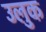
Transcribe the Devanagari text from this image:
उलुक